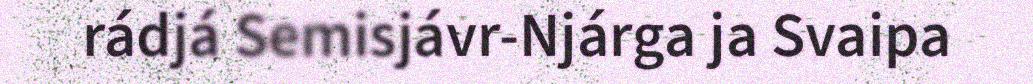
rádjá Semisjávr-Njárga ja Svaipa